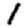
Digit: 1